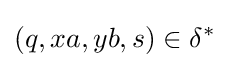
(q,xa,yb,s)\in \delta ^{*}